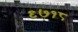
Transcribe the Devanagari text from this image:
९७१८